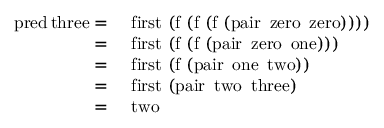
{ \begin{array} { r l } { \operatorname { p r e d } \operatorname { t h r e e } = } & { \ \operatorname { f i r s t } \ ( \operatorname { f } \ ( \operatorname { f } \ ( \operatorname { f } \ ( \operatorname { p a i r } \ \operatorname { z e r o } \ \operatorname { z e r o } ) ) ) ) } \\ { = } & { \ \operatorname { f i r s t } \ ( \operatorname { f } \ ( \operatorname { f } \ ( \operatorname { p a i r } \ \operatorname { z e r o } \ \operatorname { o n e } ) ) ) } \\ { = } & { \ \operatorname { f i r s t } \ ( \operatorname { f } \ ( \operatorname { p a i r } \ \operatorname { o n e } \ \operatorname { t w o } ) ) } \\ { = } & { \ \operatorname { f i r s t } \ ( \operatorname { p a i r } \ \operatorname { t w o } \ \operatorname { t h r e e } ) } \\ { = } & { \ \operatorname { t w o } } \end{array} }